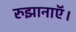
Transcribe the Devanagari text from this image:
रुझानाऍ।